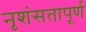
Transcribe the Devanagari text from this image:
नृशंसतापूर्ण